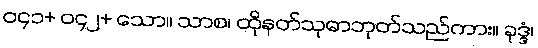
၀၄၁+ ၀၄၂+ သော။ သာစ၊ ထိုနတ်သုဓာဘုတ်သည်ကား။ ခုဒ္ဒံ၊